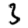
Digit: 3